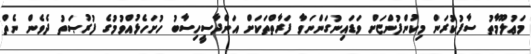
މަޢުލޫމާތު ސާފުކުރަން މިކުންފުންޏަށް ވަޑައިނުގަންނަވާ ފަރާތްތަކަށް އަންދާސީހިސާބު ހުށަހެޅުއްވުމުގެ ފުރުޞަތު ދެވެން ނެތް